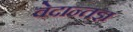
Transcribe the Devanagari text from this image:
वेदान्तज्ञ